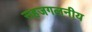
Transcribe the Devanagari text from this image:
सहजगलनीय